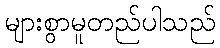
များစွာမူတည်ပါသည်